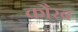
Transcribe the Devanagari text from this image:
कौरब